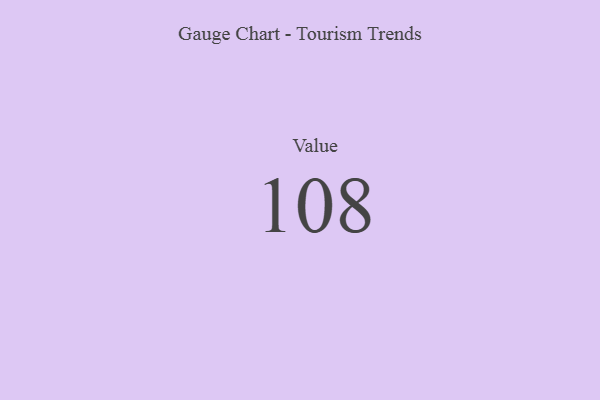
{"axis": {"x": "Metric", "y": "Value"}, "legend": [""], "data": [{"x": "Value", "y": 108, "type": ""}]}